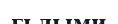
ғьлыми